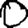
Digit: 0